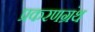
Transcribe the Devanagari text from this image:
प्रकरणग्रंथ